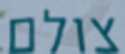
צולם